Lunatic asylums United Provinces 1899-1908 - 1899-1908
Year: 1899
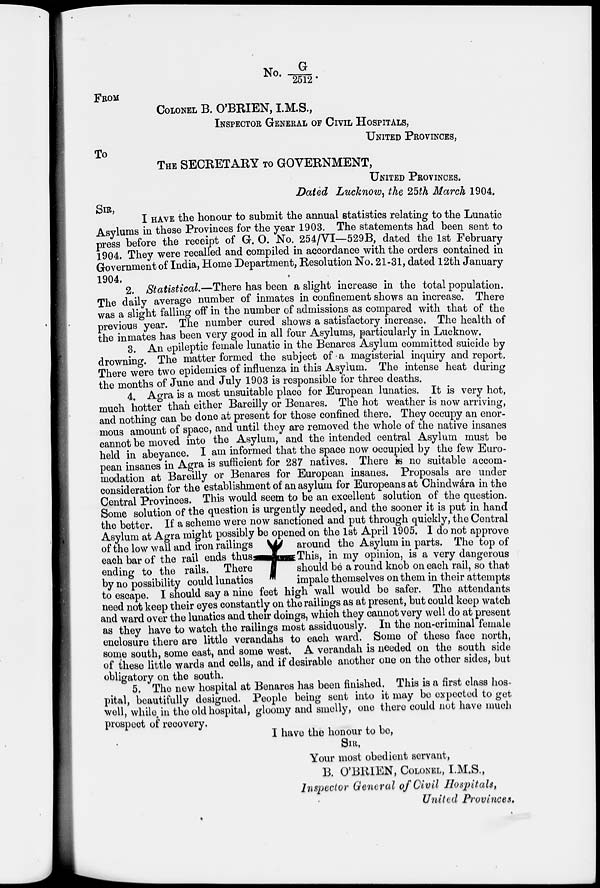
No. G/2512.
FROM
COLONEL B. O'BRIEN, I.M.S.,
INSPECTOR GENERAL OF CIVIL HOSPITALS,
UNITED PROVINCES,
TO
THE SECRETARY TO GOVERNMENT,
UNITED PROVINCES.
Dated Lucknow, the 25th March 1904.
SIR,
I HAVE the honour to submit the annual statistics relating to the Lunatic
Asylums in these Provinces for the year 1903. The statements had been sent to
press before the receipt of G. O. No. 254/VI—529B, dated the 1st February
1904. They were recalled and compiled in accordance with the orders contained in
Government of India, Home Department, Resolution No. 21-31, dated 12th January
1904.
2. Statistical.—There has been a slight increase in the total population.
The daily average number of inmates in confinement shows an increase. There
was a slight falling off in the number of admissions as compared with that of the
previous year. The number cured shows a satisfactory increase. The health of
the inmates has been very good in all four Asylums, particularly in Lucknow.
3. An epileptic female lunatic in the Benares Asylum committed suicide by
drowning. The matter formed the subject of a magisterial inquiry and report.
There were two epidemics of influenza in this Asylum. The intense heat during
the months of June and July 1903 is responsible for three deaths.
4. Agra is a most unsuitable place for European lunatics. It is very hot,
much hotter than either Bareilly or Benares. The hot weather is now arriving,
and nothing can be done at present for those confined there. They occupy an enor-
mous amount of space, and until they are removed the whole of the native insanes
cannot be moved into the Asylum, and the intended central Asylum must be
held in abeyance. I am informed that the space now occupied by the few Euro-
pean insanes in Agra is sufficient for 287 natives. There is no suitable accom-
modation at Bareilly or Benares for European insanes. Proposals are under
consideration for the establishment of an asylum for Europeans at Chindwára in the
Central Provinces. This would seem to be an excellent solution of the question.
Some solution of the question is urgently needed, and the sooner it is put in hand
the better. If a scheme were now sanctioned and put through quickly, the Central
Asylum at Agra might possibly be opened on the 1st April 1905. I do not approve
of the low wall and iron railings
around the Asylum in parts. The top of
each bar of the rail ends thus
This, in my opinion, is a very dangerous
ending to the rails. There
should be a round knob on each rail, so that
by no possibility could lunatics
impale themselves on them in their attempts
to escape. I should say a nine feet high wall would be safer. The attendants
need not keep their eyes constantly on the railings as at present, but could keep watch
and ward over the lunatics and their doings, which they cannot very well do at present
as they have to watch the railings most assiduously. In the non-criminal female
enclosure there are little verandahs to each ward. Some of these face north,
some south, some east, and some west. A verandah is needed on the south side
of these little wards and cells, and if desirable another one on the other sides, but
obligatory on the south.
5. The new hospital at Benares has been finished. This is a first class hos-
pital, beautifully designed. People being sent into it may be expected to get
well, while, in the old hospital, gloomy and smelly, one there could not have much
prospect of recovery.
I have the honour to be,
SIR,
Your most obedient servant,
B. O'BRIEN, COLONEL, I.M.S.,
Inspector General of Civil Hospitals,
United Provinces.